Civil Veterinary Department. Madras. Admin. report 1926-33 - 1926-1933
Year: 1926
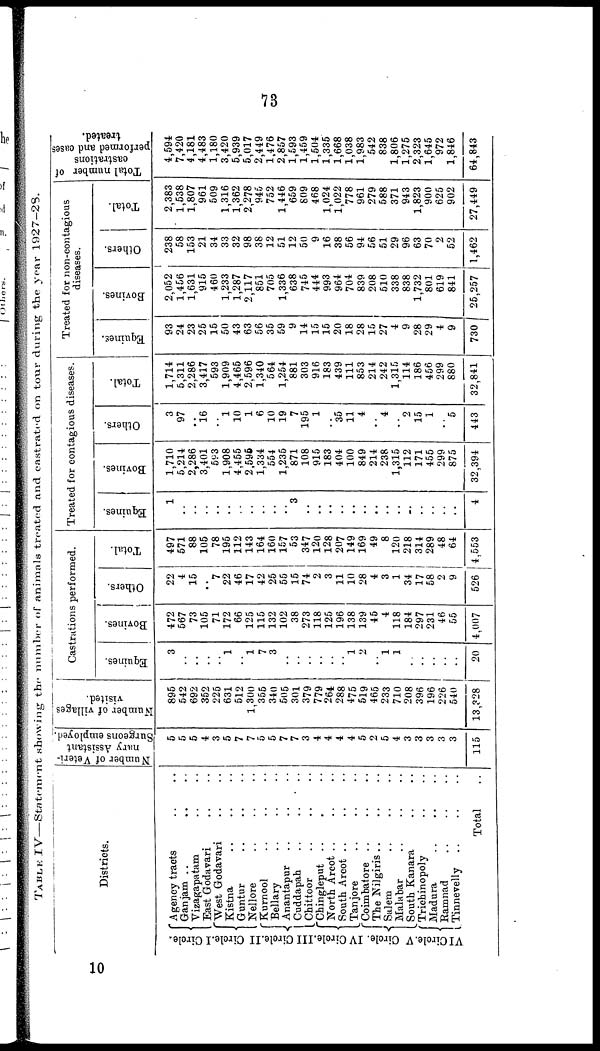
73
TABLEIV—Statement showing the number of animals treated and castrated on tour during the year 1927—28.
Districts.
I Circle.
II Circle.
III Circle.
IV Circle.
V Circle
VI Circle.
Agency tracts .. ..
Ganjam .. ..
Vizagapatam .. ..
East Godavari .. .. ..
West Godavari .. .. ..
Kistna
..
..
..
Guntur .. .. ..
Nellore
..
..
..
Kurnool .. .. ..
Bellary
..
..
..
Anantapur .. .. ..
Cuddapah
..
..
..
Chittoor
..
..
..
Chingleput .. .. ..
North Arcot .. .. ..
South Arcot
..
..
..
Tanjore .. .. ..
Coimbatore .. .. ..
The Nilgiris
..
..
..
Salem .. .. ..
Malabar .. .. ..
South Kanara .. ..
Trichinopoly .. ..
Madura .. .. ..
Ramnad .. .. ..
Tinnevelly .. .. ..
Total ..
Number of Veteri-
nary Assistant
Surgeons employed.
5
5
5
4
3
5
7
7
5
5
7
7
3
4
4
4
4
5
2
5
4
3
3
3
3
3
115
Nuruber of villages
visited.
895
542
692
352
225
631
512
1,300
355
340
505
301
379
779
264
288
475
519
465
233
710
208
396
196
226
540
13,328
Castrations performed.
Equines
3
..
..
..
..
1
..
1
7
3
..
..
..
..
..
..
1
2
..
1
1
..
..
..
..
..
20
Bovines.
472
567
73
105
71
172
66
125
115
132
102
38
273
118
125
196
138
139
45
4
118
184
297
231
46
55
4,007
Others.
22
4
15
..
7
22
46
17
42
25
55
15
74
2
3
11
10
28
4
3
1
34
17
58
2
9
526 I
Total.
497
571
88
105
78
195
112
143
164
160
157
53
347
l2o
128
207
149
169
49
8
120
218
314
289
48
64
4,553
Treated for contagious diseases.
Equines.
1
..
..
..
..
..
..
..
..
..
..
3
..
..
..
..
..
..
..
..
..
..
..
..
..
..
4
Bovines.
1,710
5,214
2,286
3,401
593
1,908
4,455
2,596
1,334
554
1,235
871
108
915
183
404
100
849
214
238
1,315
112
171
455
299
875
32,394
Others.
3
97
..
16
..
1
10
1
6
10
19
7
195
1
..
35
11
4
..
4
..
2
15
1
..
5
443
Total.
1,714
5,311
2,286
3,417
593
1,909
4,465
2,596
1,340
564
1,254
881
303
916
183
439
111
853
214
242
1,315
114
186
456
299
880
32,841
Treated for non-contagious
diseases.
Equines
93
24
23
25
15
50
43
63
56
35
59
9
14
15
15
20
18
28
15
27
4
9
28
29
4
9
730
Bovines.
2,052
1,456
1,631
915
460
1,233
1,287
2,117
851
705
1,336
638
745
444
993
964
704
839
208
510
338
838
1,732
801
619
841
25,257
Others.
238
58
153
21
34
33
32
98
38
12
51
12
50
9
16
38
56
94
56
51
29
96
63
70
2
52
1,462
Total.
2,383
1,538
1,807
961
509
1,316
1,362
2,278
945
752
1,446
659
809
468
1,024
1,022
778
961
279
588
371
943
1,823
900
625
902
27,449
Total number of
castrations
performed and cases
treated.
4,594
7,420
4,181
4,483
1,180
3,420
5,939
5,017
2,449
1,476
2,857
1,593
1,459
1,504
1,335
1,668
1,038
1,983
542
838
1,806
1,275
2,323
1,645
972
1,846
64,843
10